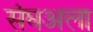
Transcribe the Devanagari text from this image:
संघअला